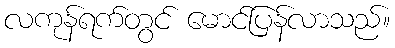
လကုန်ရက်တွင် မောင်ပြန်လာသည်။